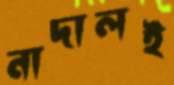
নাদালই